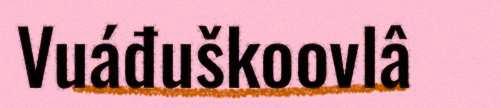
Vuáđuškoovlâ